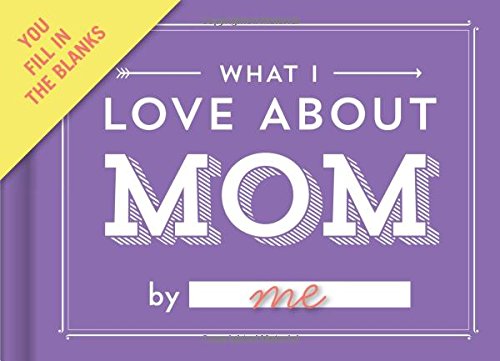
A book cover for Knock Knock What I Love About Mom Fill-In-The-Blank Journal; Knock Knock; Parenting & Relationships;